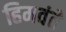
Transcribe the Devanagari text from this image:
हिमवंते